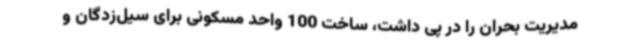
مدیریت بحران را در پی داشت، ساخت 100 واحد مسکونی برای سیل‌زدگان و